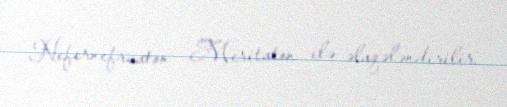
Nefernefruaton- Meritaton ilə əlaqələndirilir.